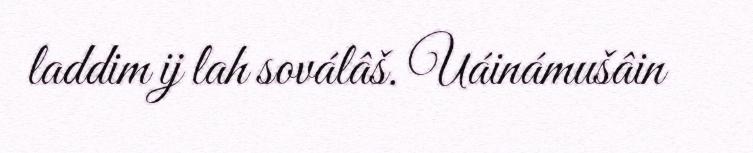
laddim ij lah soválâš. Uáinámušâin